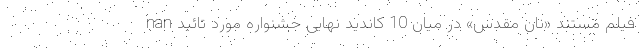
nan فیلم مستند «نان مقدس» در میان 10 کاندید نهایی جشنواره مورد تائید